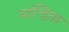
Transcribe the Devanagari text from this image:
मान्द्रिवा